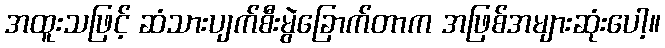
အထူးသဖြင့် ဆံသားပျက်စီးမွဲခြောက်တာက အဖြစ်အများဆုံးပေါ့။